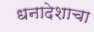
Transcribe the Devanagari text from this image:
धनादेशाचा